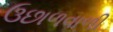
ઉછાળવાળી